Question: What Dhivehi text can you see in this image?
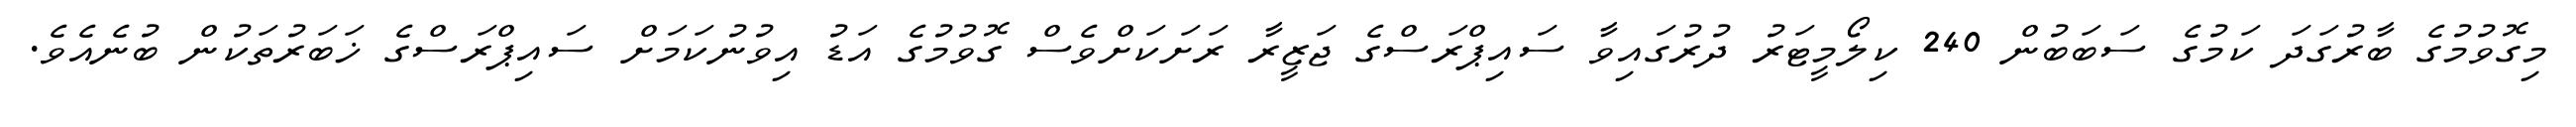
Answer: މިގޮވުމުގެ ބާރުގަދަ ކަމުގެ ސަބަބުން 240 ކިލޯމީޓަރު ދުރުގައިވާ ސައިޕްރަސްގެ ޖަޒީރާ ރަށަކަށްވެސް ގޮވުމުގެ އަޑު އިވުނުކަމަށް ސައިޕްރަސްގެ ޚަބަރުތަކުން ބުނެއެވެ.